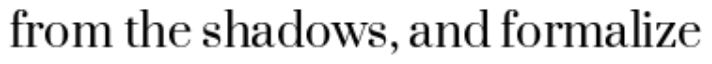
from the shadows, and formalize